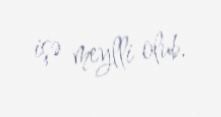
işə meylli olub.